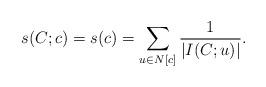
LaTeX: \begin{align*}s(C; c) = s(c) = \sum_{u \in N[c]} \frac{1}{|I(C; u)|} \textrm{.}\end{align*}